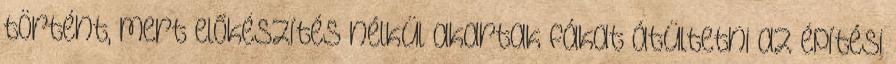
történt, mert előkészítés nélkül akartak fákat átültetni az építési